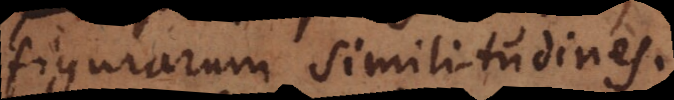
figurarum similitudines.